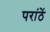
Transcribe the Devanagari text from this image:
परांठें